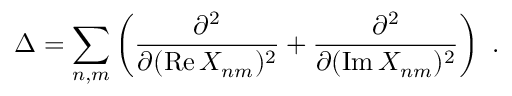
\Delta = \sum _ { n , m } \left( \frac { \partial ^ { 2 } } { \partial ( \mathrm { R e } \, X _ { n m } ) ^ { 2 } } + \frac { \partial ^ { 2 } } { \partial ( \mathrm { I m } \, X _ { n m } ) ^ { 2 } } \right) \ .